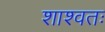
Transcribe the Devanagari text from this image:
शाश्वतः